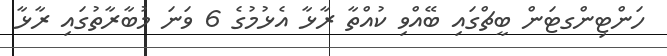
ހަންޓިންގޓަން ބީޗްގައި ބޭއްވި ކުއްތާ ރާޅާ އެޅުމުގެ 6 ވަނަ މުބާރާތުގައި ރާޅާ